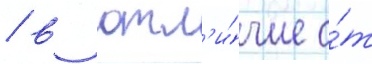
/ в отл'и́чие о́т